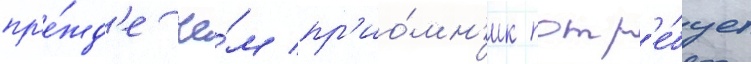
пр'е́жд'е че́м пр'ио́мн'ик потр'е́бует